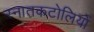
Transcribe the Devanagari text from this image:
स्नातकटोलियों